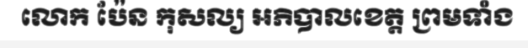
លោក ប៉ែន កុសល្យ អភិបាលខេត្ត ព្រមទាំង